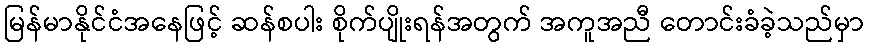
မြန်မာနိုင်ငံအနေဖြင့် ဆန်စပါး စိုက်ပျိုးရန်အတွက် အကူအညီ တောင်းခံခဲ့သည်မှာ